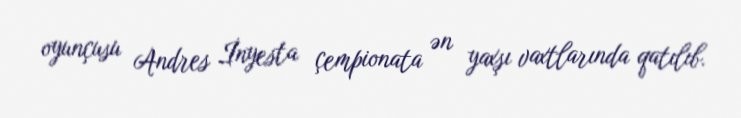
oyunçusu Andres İnyesta çempionata ən yaxşı vaxtlarında qatılıb.